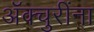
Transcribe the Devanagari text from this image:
ॲक्चुरींना